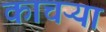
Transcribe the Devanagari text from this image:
काचऱ्या